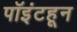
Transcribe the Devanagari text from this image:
पॉइंटहून